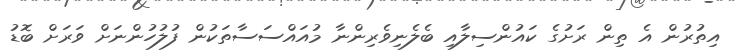
އިތުރުން އެ ތިން ރަށުގެ ކައުންސިލާއި ބެލެނިވެރިންނާ މުއައްސަސާތަކުން ފުލުހުންނަށް ވަރަށް ބޮޑު